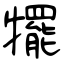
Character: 犤